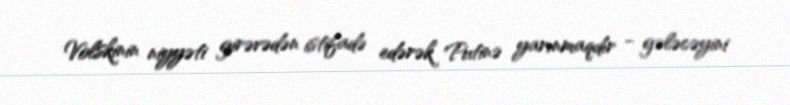
Volskinin niyyəti girəvədən istifadə edərək Putinə yarınmaqdır - gələcəyini